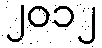
၂၀၁၂